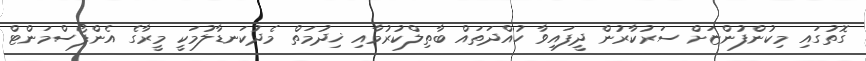
ގޮތުގައި މިކުންފުންޏަށް ސަރުކާރުން ދީފައިވާ ހުއްދަތައް ބާތިލްކުރުމާއި ޚިދުމަތް މެދުކަނޑާލުމަކީ މީރާގެ އެންފޯސްމަންޓް